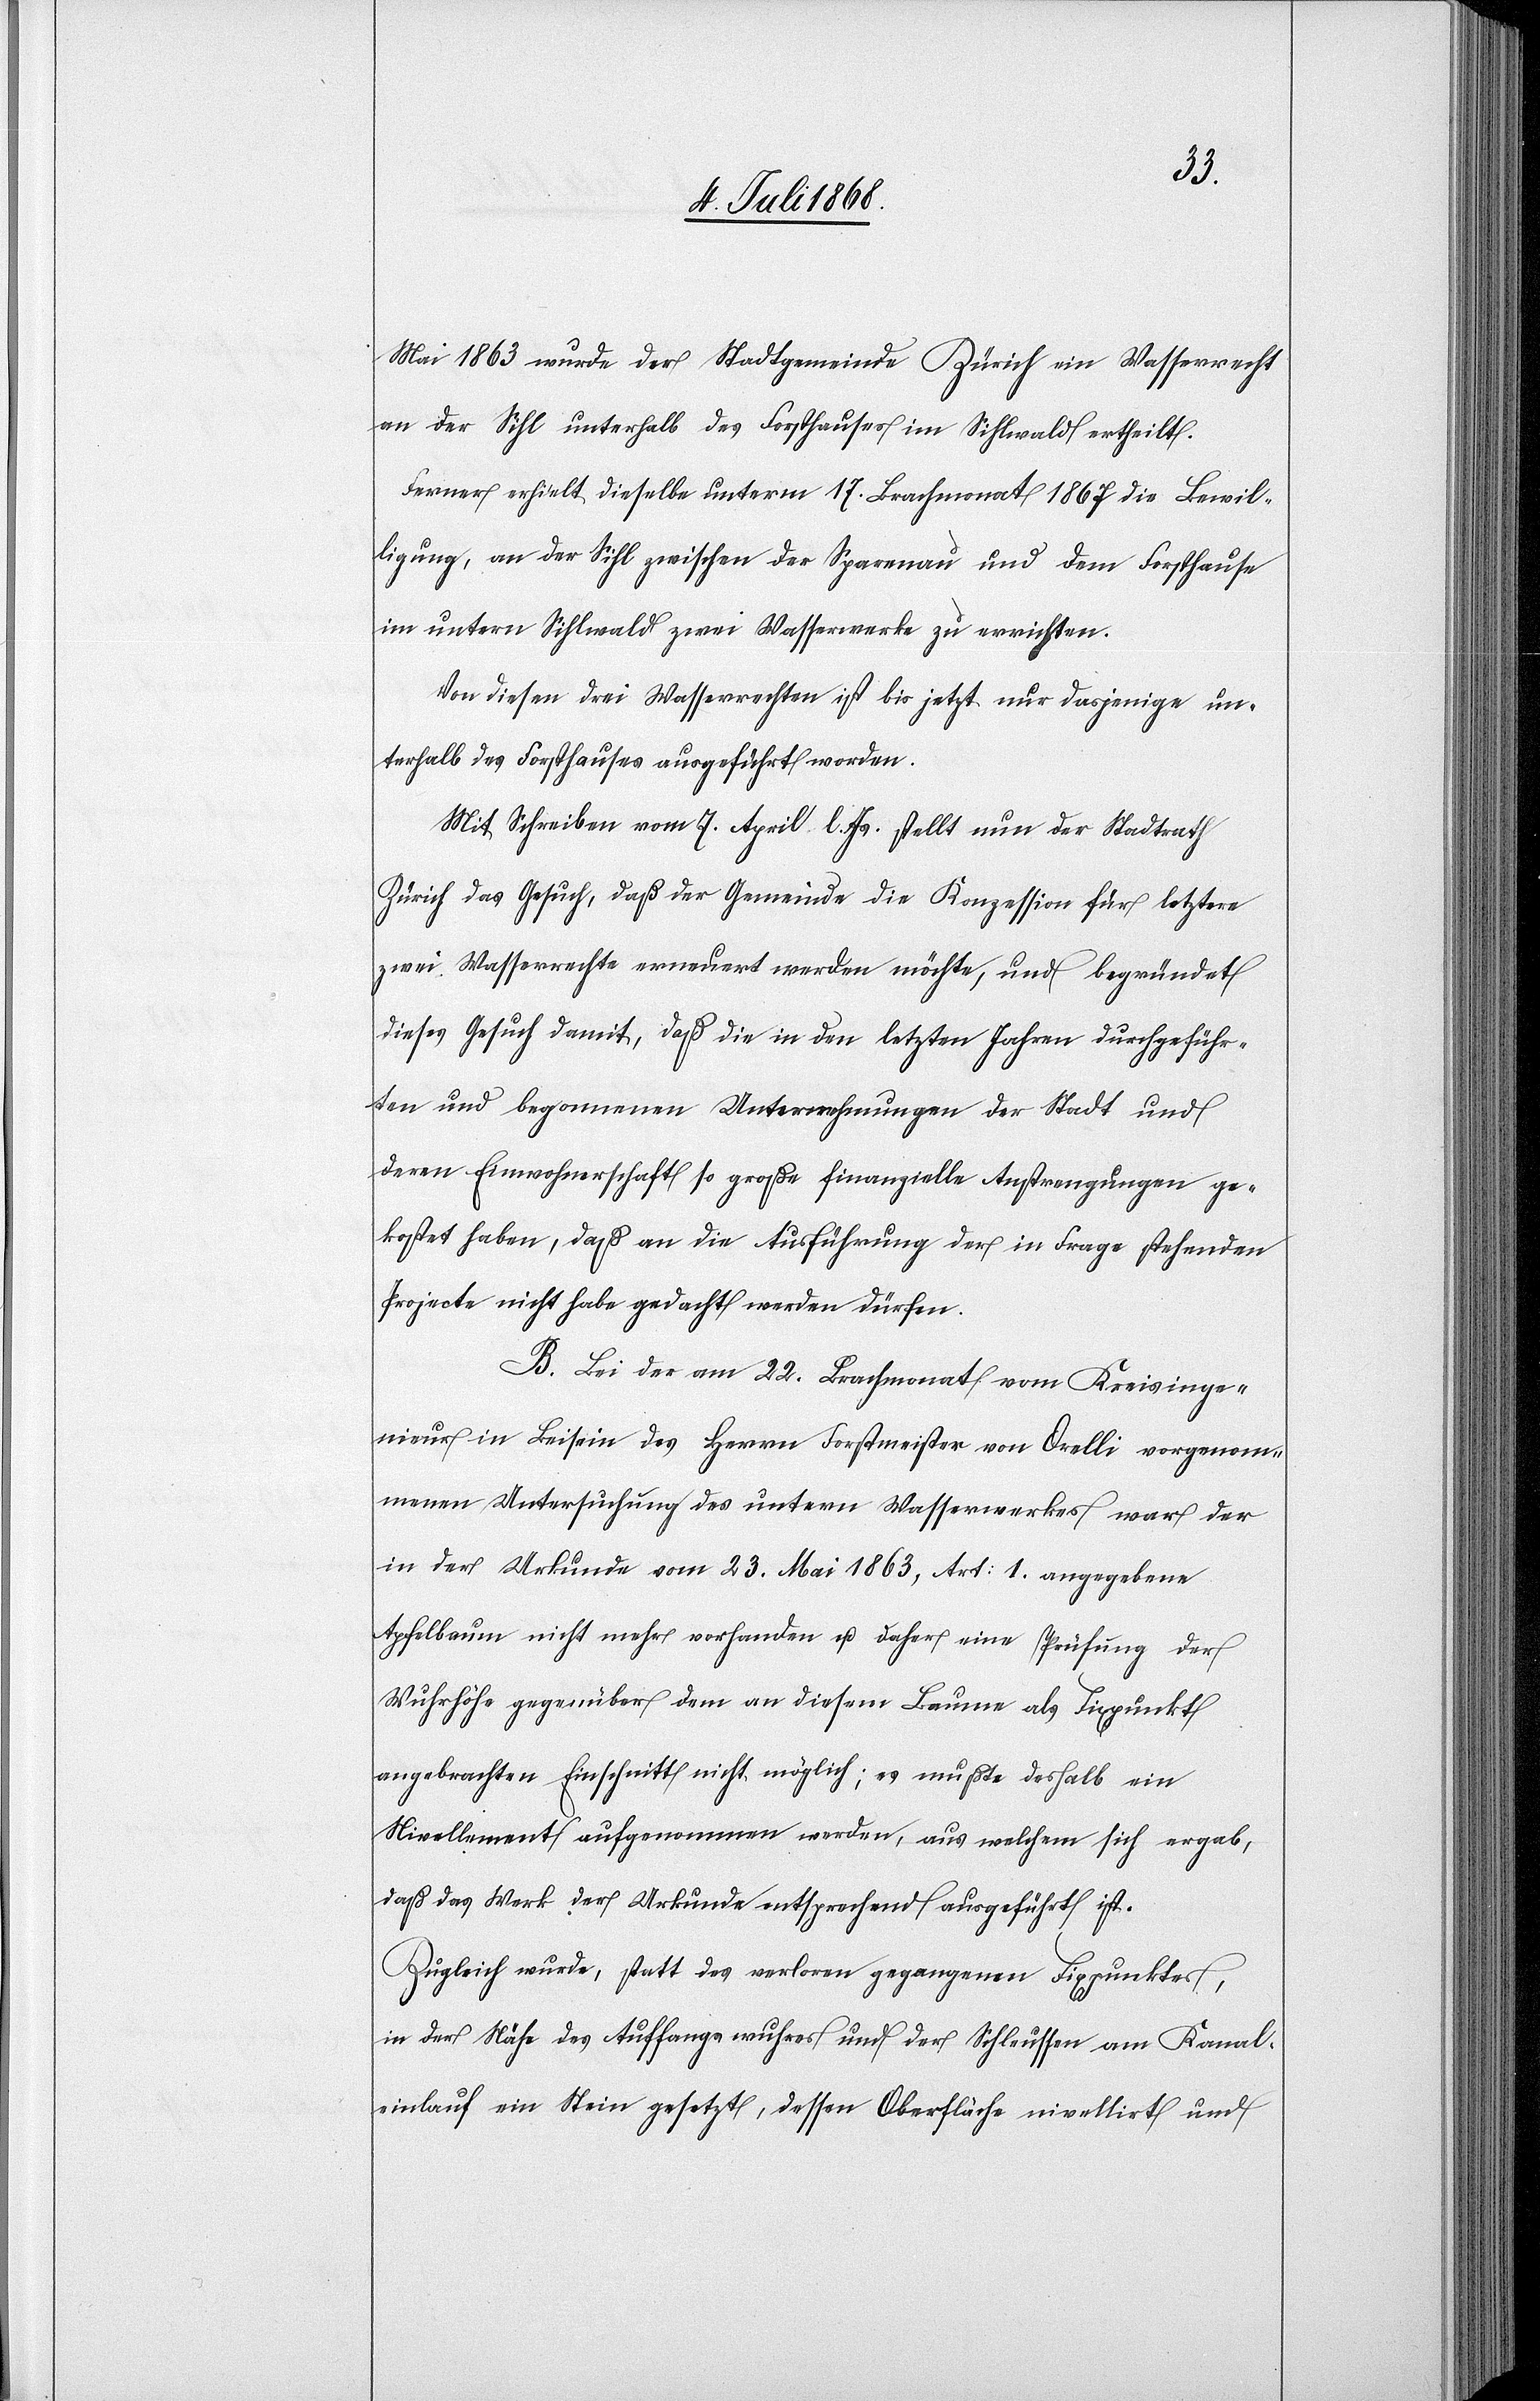
Mai 1863 wurde der Stadtgemeinde Zürich ein Wasserrecht
an der Sihl unterhalb des Forsthauses im Sihlwald ertheilt.
Ferner erhielt dieselbe unterm 17. Brachmonat 1867 die Bewil¬
ligung, an der Sihl zwischen der Sparenau und dem Forsthause
im untern Sihlwald zwei Wasserwerke zu errichten.
Von diesen drei Wasserrechten ist bis jetzt nur dasjenige un¬
terhalb des Forsthauses ausgeführt worden.
Mit Schreiben vom 7. April l. Js. stellt nun der Stadtrath
Zürich das Gesuch, daß der Gemeinde die Konzession für letztere
zwei Wasserrechte erneuert werden möchte, und begründet
dieses Gesuch damit, daß die in den letzten Jahren durchgeführ¬
ten und begonnenen Unternehmungen der Stadt und
deren Einwohnerschaft so große finanzielle Anstrengungen ge¬
kostet haben, daß an die Ausführung der in Frage stehenden
Projecte nicht habe gedacht werden dürfen.
B. Bei der am 22. Brachmonat vom Kreisinge¬
nieur in Beisein des Herrn Forstmeister von Orelli vorgenom¬
menen Untersuchung des untern Wasserwerkes war der
in der Urkunde vom 23. Mai 1863, Art: 1. angegebene
Apfelbaum nicht mehr vorhanden u. daher eine Prüfung der
Wuhrhöhe gegenüber dem an diesem Baume als Fixpunkt
angebrachten Einschnitt nicht möglich; es mußte deshalb ein
Nivellement aufgenommen werden, aus welchem sich ergab,
daß das Werk der Urkunde entsprechend ausgeführt ist.
Zugleich wurde, statt des verloren gegangenen Fixpunktes,
in der Nähe des Auffangswuhres und der Schleussen am Kanal¬
einlauf ein Stein gesetzt, dessen Oberfläche nivellirt und